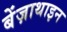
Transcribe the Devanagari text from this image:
बेंज़ाथाइन